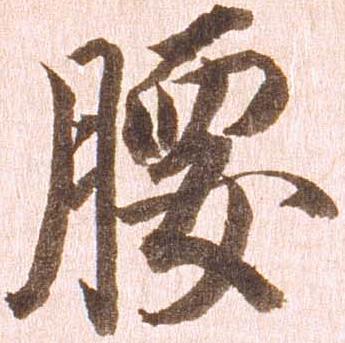
腰